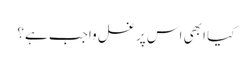
کیا ابھی اس پر غسل واجب ہے؟